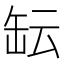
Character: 𱺱